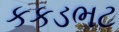
કકડભટ